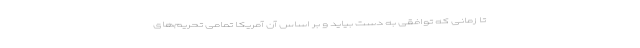
تا زمانی که توافقی به دست بیاید و بر اساس آن آمریکا تمامی تحریم‌های